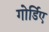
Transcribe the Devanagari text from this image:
गोर्डिए